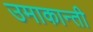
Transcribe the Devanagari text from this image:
उमाकान्‍ती